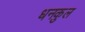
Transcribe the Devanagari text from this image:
धनकुल